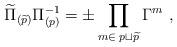
LaTeX: \begin{align*}\widetilde \Pi_{(\widetilde p)}\Pi_{(p)}^{-1} =\pm \prod_{m\in\; p\sqcup {\widetilde p}} \Gamma^m\ ,\end{align*}